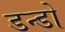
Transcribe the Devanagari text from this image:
डन्डों